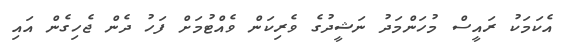
އެކަމަކު ރައީސް މުހަންމަދު ނަޝީދުގެ ވެރިކަން ވެއްޓުމަށް ފަހު ދެން ޖެހިގެން އައި